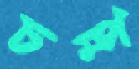
চম্প